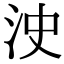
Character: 㳏